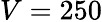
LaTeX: V=250